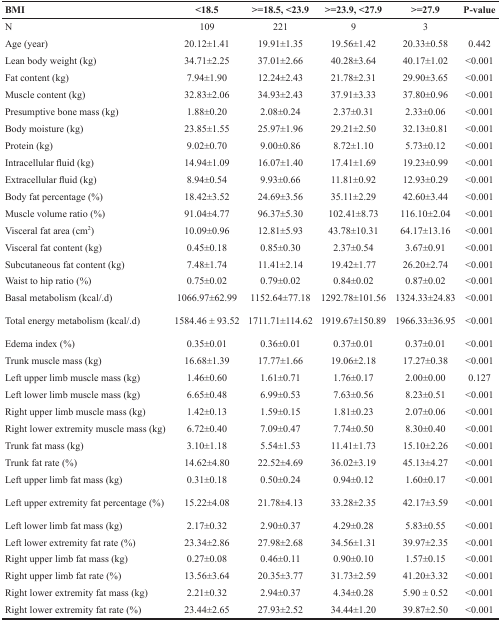
<table><thead><tr><td><b>BMI</b></td><td><b>&lt;18.5</b></td><td><b>&gt;=18.5, &lt;23.9</b></td><td><b>&gt;=23.9, &lt;27.9</b></td><td><b>&gt;=27.9</b></td><td><b>P-value</b></td></tr></thead><tbody><tr><td>N</td><td>109</td><td>221</td><td>9</td><td>3</td><td></td></tr><tr><td>Age (year)</td><td>20.12±1.41</td><td>19.91±1.35</td><td>19.56±1.42</td><td>20.33±0.58</td><td>0.442</td></tr><tr><td>Lean body weight (kg)</td><td>34.71±2.25</td><td>37.01±2.66</td><td>40.28±3.64</td><td>40.17±1.02</td><td>&lt;0.001</td></tr><tr><td>Fat content (kg)</td><td>7.94±1.90</td><td>12.24±2.43</td><td>21.78±2.31</td><td>29.90±3.65</td><td>&lt;0.001</td></tr><tr><td>Muscle content (kg)</td><td>32.83±2.06</td><td>34.93±2.43</td><td>37.91±3.33</td><td>37.80±0.96</td><td>&lt;0.001</td></tr><tr><td>Presumptive bone mass (kg)</td><td>1.88±0.20</td><td>2.08±0.24</td><td>2.37±0.31</td><td>2.33±0.06</td><td>&lt;0.001</td></tr><tr><td>Body moisture (kg)</td><td>23.85±1.55</td><td>25.97±1.96</td><td>29.21±2.50</td><td>32.13±0.81</td><td>&lt;0.001</td></tr><tr><td>Protein (kg)</td><td>9.02±0.70</td><td>9.00±0.86</td><td>8.72±1.10</td><td>5.73±0.12</td><td>&lt;0.001</td></tr><tr><td>Intracellular fluid (kg)</td><td>14.94±1.09</td><td>16.07±1.40</td><td>17.41±1.69</td><td>19.23±0.99</td><td>&lt;0.001</td></tr><tr><td>Extracellular fluid (kg)</td><td>8.94±0.54</td><td>9.93±0.66</td><td>11.81±0.92</td><td>12.93±0.29</td><td>&lt;0.001</td></tr><tr><td>Body fat percentage (%)</td><td>18.42±3.52</td><td>24.69±3.56</td><td>35.11±2.29</td><td>42.60±3.44</td><td>&lt;0.001</td></tr><tr><td>Muscle volume ratio (%)</td><td>91.04±4.77</td><td>96.37±5.30</td><td>102.41±8.73</td><td>116.10±2.04</td><td>&lt;0.001</td></tr><tr><td>Visceral fat area (cm<sup>2</sup>)</td><td>10.09±0.96</td><td>12.81±5.93</td><td>43.78±10.31</td><td>64.17±13.16</td><td>&lt;0.001</td></tr><tr><td>Visceral fat content (kg)</td><td>0.45±0.18</td><td>0.85±0.30</td><td>2.37±0.54</td><td>3.67±0.91</td><td>&lt;0.001</td></tr><tr><td>Subcutaneous fat content (kg)</td><td>7.48±1.74</td><td>11.41±2.14</td><td>19.42±1.77</td><td>26.20±2.74</td><td>&lt;0.001</td></tr><tr><td>Waist to hip ratio (%)</td><td>0.75±0.02</td><td>0.79±0.02</td><td>0.84±0.02</td><td>0.87±0.02</td><td>&lt;0.001</td></tr><tr><td>Basal metabolism (kcal/.d)</td><td>1066.97±62.99</td><td>1152.64±77.18</td><td>1292.78±101.56</td><td>1324.33±24.83</td><td>&lt;0.001</td></tr><tr><td>Total energy metabolism (kcal/.d)</td><td>1584.46 ± 93.52</td><td>1711.71±114.62</td><td>1919.67±150.89</td><td>1966.33±36.95</td><td>&lt;0.001</td></tr><tr><td>Edema index (%)</td><td>0.35±0.01</td><td>0.36±0.01</td><td>0.37±0.01</td><td>0.37±0.01</td><td>&lt;0.001</td></tr><tr><td>Trunk muscle mass (kg)</td><td>16.68±1.39</td><td>17.77±1.66</td><td>19.06±2.18</td><td>17.27±0.38</td><td>&lt;0.001</td></tr><tr><td>Left upper limb muscle mass (kg)</td><td>1.46±0.60</td><td>1.61±0.71</td><td>1.76±0.17</td><td>2.00±0.00</td><td>0.127</td></tr><tr><td>Left lower limb muscle mass (kg)</td><td>6.65±0.48</td><td>6.99±0.53</td><td>7.63±0.56</td><td>8.23±0.51</td><td>&lt;0.001</td></tr><tr><td>Right upper limb muscle mass (kg)</td><td>1.42±0.13</td><td>1.59±0.15</td><td>1.81±0.23</td><td>2.07±0.06</td><td>&lt;0.001</td></tr><tr><td>Right lower extremity muscle mass (kg)</td><td>6.72±0.40</td><td>7.09±0.47</td><td>7.74±0.50</td><td>8.30±0.40</td><td>&lt;0.001</td></tr><tr><td>Trunk fat mass (kg)</td><td>3.10±1.18</td><td>5.54±1.53</td><td>11.41±1.73</td><td>15.10±2.26</td><td>&lt;0.001</td></tr><tr><td>Trunk fat rate (%)</td><td>14.62±4.80</td><td>22.52±4.69</td><td>36.02±3.19</td><td>45.13±4.27</td><td>&lt;0.001</td></tr><tr><td>Left upper limb fat mass (kg)</td><td>0.31±0.18</td><td>0.50±0.24</td><td>0.94±0.12</td><td>1.60±0.17</td><td>&lt;0.001</td></tr><tr><td>Left upper extremity fat percentage (%)</td><td>15.22±4.08</td><td>21.78±4.13</td><td>33.28±2.35</td><td>42.17±3.59</td><td>&lt;0.001</td></tr><tr><td>Left lower limb fat mass (kg)</td><td>2.17±0.32</td><td>2.90±0.37</td><td>4.29±0.28</td><td>5.83±0.55</td><td>&lt;0.001</td></tr><tr><td>Left lower extremity fat rate (%)</td><td>23.34±2.86</td><td>27.98±2.68</td><td>34.56±1.31</td><td>39.97±2.35</td><td>&lt;0.001</td></tr><tr><td>Right upper limb fat mass (kg)</td><td>0.27±0.08</td><td>0.46±0.11</td><td>0.90±0.10</td><td>1.57±0.15</td><td>&lt;0.001</td></tr><tr><td>Right upper limb fat rate (%)</td><td>13.56±3.64</td><td>20.35±3.77</td><td>31.73±2.59</td><td>41.20±3.32</td><td>&lt;0.001</td></tr><tr><td>Right lower extremity fat mass (kg)</td><td>2.21±0.32</td><td>2.94±0.37</td><td>4.34±0.28</td><td>5.90 ± 0.52</td><td>&lt;0.001</td></tr><tr><td>Right lower extremity fat rate (%)</td><td>23.44±2.65</td><td>27.93±2.52</td><td>34.44±1.20</td><td>39.87±2.50</td><td>&lt;0.001</td></tr></tbody></table>